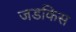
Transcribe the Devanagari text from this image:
जडकिस